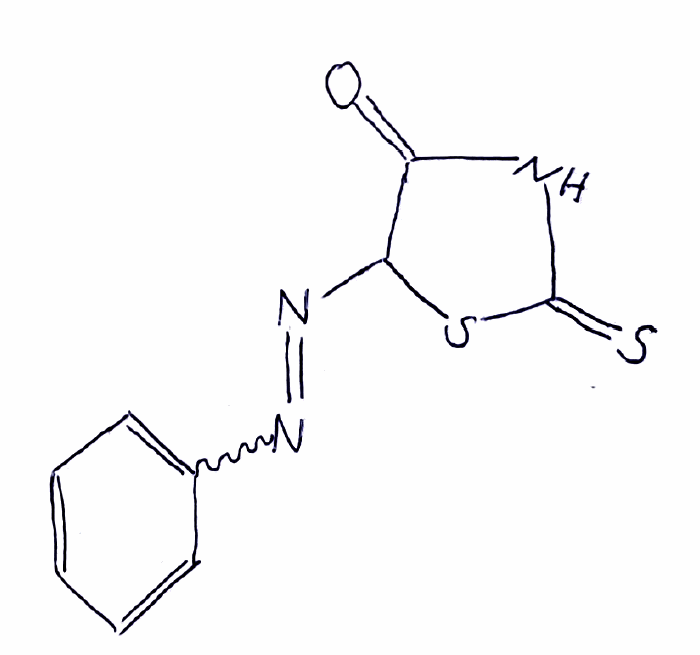
Simplified molecular-input line-entry system (SMILES) notation of the given molecule:
C1=CC=C(C=C1)N=NC2C(=O)NC(=S)S2